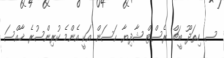
ސ. ހިތަދޫ ބީޗް ރެސްޓް ޝާދިޔާ ޙަސަން އަކީ އެންމެ ކުރިންސުރެ ޚާއްސަ